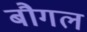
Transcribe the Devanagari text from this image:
बौगल